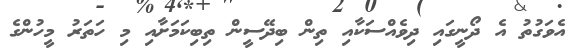
އެވަގުތު އެ ދޯނީގައި ދިވެއްސަކާއި ތިން ބިދޭސީން ތިބިކަމަށާއި މި ހަތަރު މީހުންގެ